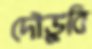
দৌড়ুবি